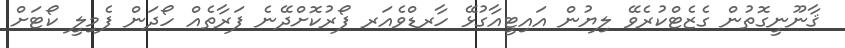
ޤާނޫނީގޮތުން ގެޒެޓްކުރެވޭ ލިޔުން އައިޓީއާގުޅޭ ހާރޑްވެއަރ ފޯރުކޮށްދޭނެ ފަރާތެއް ހޯދަން ފެމިލީ ކޯޓަށް